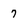
Character: 7